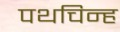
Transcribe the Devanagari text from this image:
पथचिन्ह